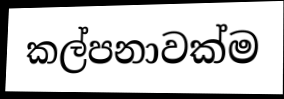
කල්පනාවක්ම